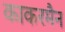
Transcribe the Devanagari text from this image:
काकरमैन